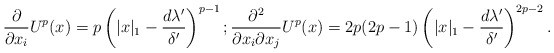
\begin{align*} \frac{\partial}{\partial x_i}U^p(x) = p\left( |x|_1 - \frac{d\lambda'}{\delta'}\right)^{p-1}; \frac{\partial^2}{\partial x_i \partial x_j}U^p(x) = 2p(2p-1)\left( |x|_1 - \frac{d\lambda'}{\delta'}\right)^{2p-2} . \end{align*}